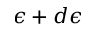
\epsilon + d \epsilon